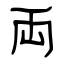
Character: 両